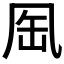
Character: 𠙈